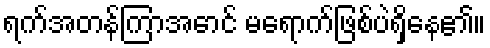
ရက်အတန်ကြာအောင် မရောက်ဖြစ်ပဲရှိနေ၏။